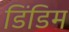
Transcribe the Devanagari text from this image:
डिंडिम